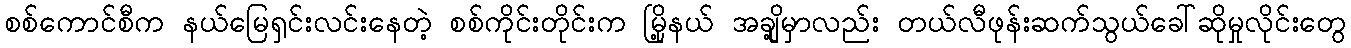
စစ်ကောင်စီက နယ်မြေရှင်းလင်းနေတဲ့ စစ်ကိုင်းတိုင်းက မြို့နယ် အချို့မှာလည်း တယ်လီဖုန်းဆက်သွယ်ခေါ်ဆိုမှုလိုင်းတွေ